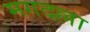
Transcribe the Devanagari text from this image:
मगदल्ला